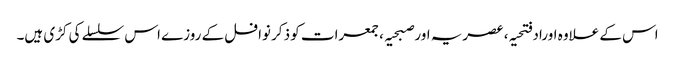
اس کے علاوہ اوراد فتحیہ، عصریہ اور صبحیہ ،جمعرات کو ذکر نوافل کے روزے اس سلسلے کی کڑی ہیں۔